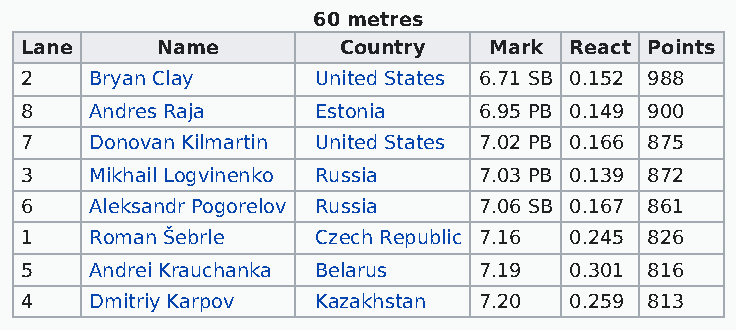
60 metres
 Lane     Name        Country   Mark  React Points
 2    Bryan Clay     United States 6.71 SB 0.152 988
 8    Andres Raja    Estonia    6.95 PB 0.149 900
 7    Donovan Kilmartin United States 7.02 PB 0.166 875
 3    Mikhail Logvinenko Russia 7.03 PB 0.139 872
 6    Aleksandr Pogorelov Russia 7.06 SB 0.167 861
 1    Roman Šebrle   Czech Republic 7.16 0.245 826
 5    Andrei Krauchanka Belarus 7.19  0.301 816
 4    Dmitriy Karpov Kazakhstan 7.20  0.259 813